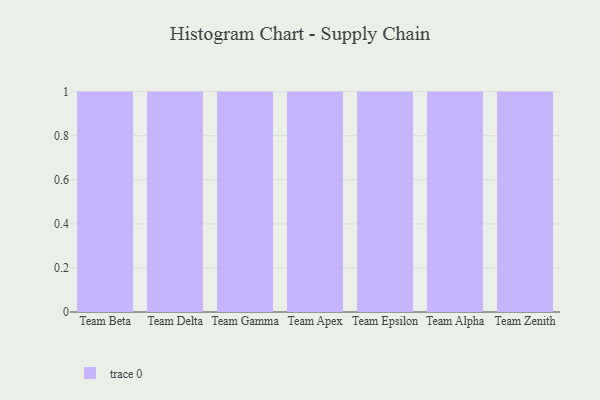
{"axis": {"x": "Team", "y": "Inventory Turnover"}, "legend": [""], "data": [{"x": "Team Beta", "y": 68, "type": ""}, {"x": "Team Delta", "y": 97, "type": ""}, {"x": "Team Gamma", "y": 71, "type": ""}, {"x": "Team Apex", "y": 48, "type": ""}, {"x": "Team Epsilon", "y": 1, "type": ""}, {"x": "Team Alpha", "y": 29, "type": ""}, {"x": "Team Zenith", "y": 25, "type": ""}]}